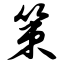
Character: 策